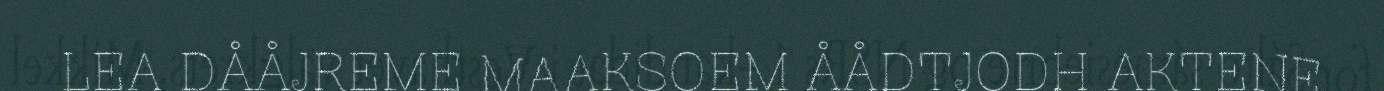
LEA DÅÅJREME MAAKSOEM ÅÅDTJODH AKTENE